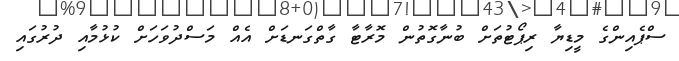
ސްޕެއިންގެ މީޑިޔާ ރިޕޯޓުތަށް ބުނާގޮތުން މޮރާޓާ ގާތްގަނޑަށް އެއް މަސްދުވަހަށް ކުޅުމާއި ދުރުގައި